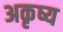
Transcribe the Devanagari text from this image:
अकृष्य